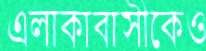
এলাকাবাসীকেও